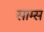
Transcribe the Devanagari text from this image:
साम्स